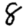
Digit: 8